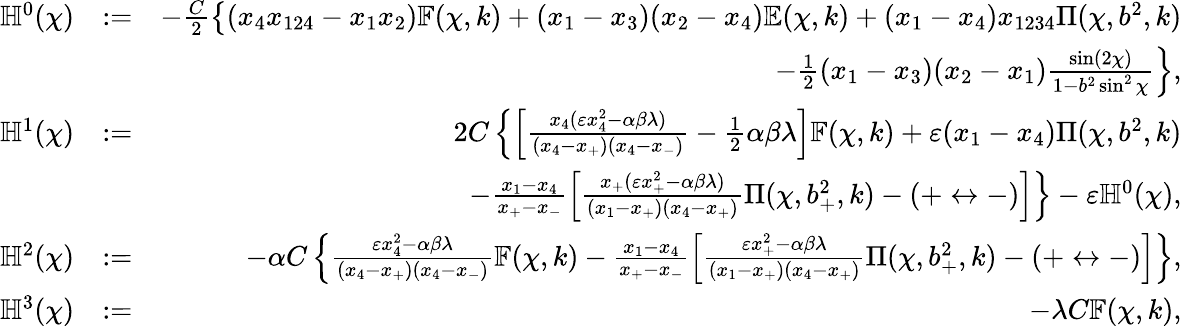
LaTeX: \begin{array}{rlr}{\mathbb{H}^{0}(\chi)}&{:=}&{-\frac{C}{2}\left\{ (x_{4}x_{124}-x_{1}x_{2})\mathbb{F}(\chi,k)+(x_{1}-x_{3})(x_{2}-x_{4})\mathbb{E}(\chi,k)+(x_{1}-x_{4})x_{1234}\Pi(\chi,b^{2},k)\right.}\\ &{}&{\left.\qquad\qquad-\frac{1}{2}(x_{1}-x_{3})(x_{2}-x_{1})\frac{\sin(2\chi)}{1-b^{2}\sin^{2}\chi}\right\} ,}\\ {\mathbb{H}^{1}(\chi)}&{:=}&{2C\left\{ \left[\frac{x_{4}(\varepsilon x_{4}^{2}-\alpha\beta\lambda)}{(x_{4}-x_{+})(x_{4}-x_{-})}-\frac{1}{2}\alpha\beta\lambda\right]\mathbb{F}(\chi,k)+\varepsilon(x_{1}-x_{4})\Pi(\chi,b^{2},k)\right.}\\ &{}&{\left.\qquad-\frac{x_{1}-x_{4}}{x_{+}-x_{-}}\left[\frac{x_{+}(\varepsilon x_{+}^{2}-\alpha\beta\lambda)}{(x_{1}-x_{+})(x_{4}-x_{+})}\Pi(\chi,b_{+}^{2},k)-(+\leftrightarrow-)\right]\right\} -\varepsilon\mathbb{H}^{0}(\chi),}\\ {\mathbb{H}^{2}(\chi)}&{:=}&{-\alpha C\left\{ \frac{\varepsilon x_{4}^{2}-\alpha\beta\lambda}{(x_{4}-x_{+})(x_{4}-x_{-})}\mathbb{F}(\chi,k)-\frac{x_{1}-x_{4}}{x_{+}-x_{-}}\left[\frac{\varepsilon x_{+}^{2}-\alpha\beta\lambda}{(x_{1}-x_{+})(x_{4}-x_{+})}\Pi(\chi,b_{+}^{2},k)-(+\leftrightarrow-)\right]\right\} ,}\\ {\mathbb{H}^{3}(\chi)}&{:=}&{-\lambda C\mathbb{F}(\chi,k),}\end{array}